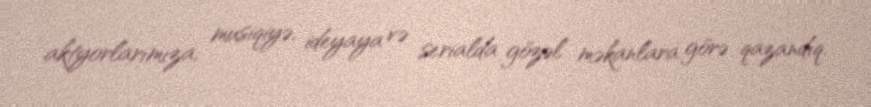
aktyorlarımıza, musiqiyə, ideyaya və serialda gözəl məkanlara görə qazandıq.